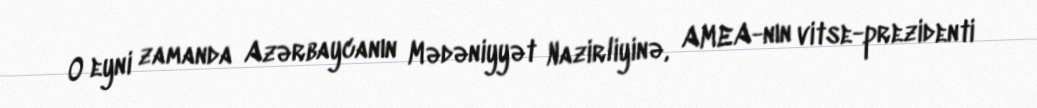
O eyni zamanda Azərbaycanın Mədəniyyət Nazirliyinə, AMEA-nın vitse-prezidenti